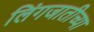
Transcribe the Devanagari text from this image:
लिंगजातीच्या